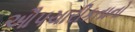
ઔપચારીકતાનો